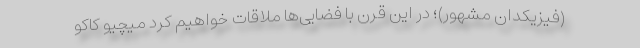
(فیزیکدان مشهور)؛ در این قرن با فضایی‌ها ملاقات خواهیم کرد میچیو کاکو